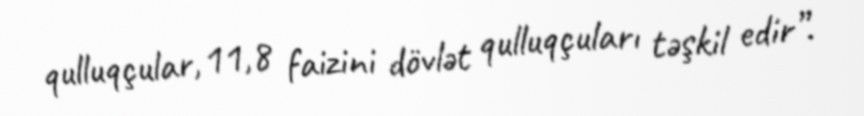
qulluqçular, 11,8 faizini dövlət qulluqçuları təşkil edir”.